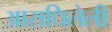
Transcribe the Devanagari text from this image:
आराधिलेली